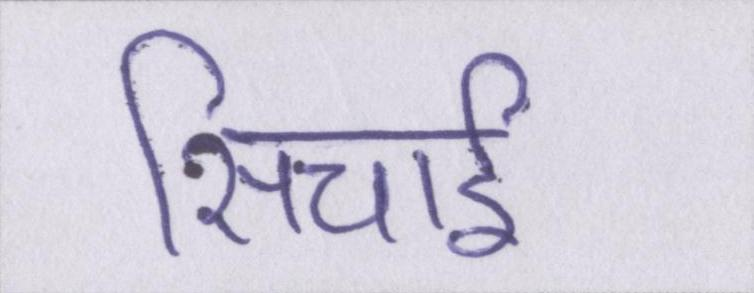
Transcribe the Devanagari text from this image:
सिचाई